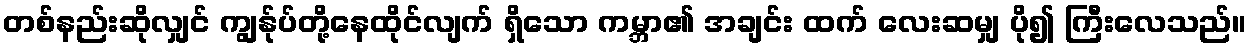
တစ်နည်းဆိုလျှင် ကျွန်ုပ်တို့နေထိုင်လျက် ရှိသော ကမ္ဘာ၏ အချင်း ထက် လေးဆမျှ ပို၍ ကြီးလေသည်။